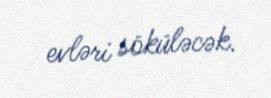
evləri söküləcək.